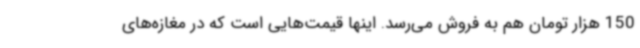
150 هزار تومان هم به فروش می‌رسد. اینها قیمت‌هایی است که در مغازه‌های